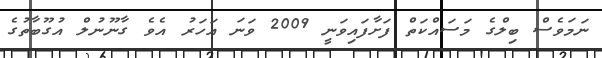
ނަމަވެސް ބިލްގެ މަސައްކަތް ފަށާފައިވަނީ 2009 ވަނަ އަހަރު އެވެ ގާނޫނުލް އުގޫބާތުގެ